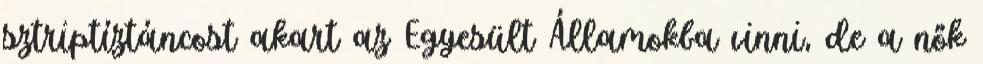
sztriptíztáncost akart az Egyesült Államokba vinni, de a nők